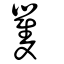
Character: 矍